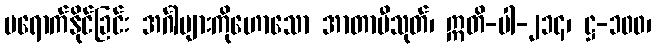
မရောက်နိုင်ခြင်း အင်္ဂါများကိုဟောသော အာတာပီသုတ်၊ ဣတိ-ပါ-၂၁၄၊ ဋ္ဌ-၁၀၀၊